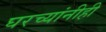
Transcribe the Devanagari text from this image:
घरच्यांनीही